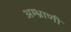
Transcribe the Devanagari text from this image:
अम्भ्राणी